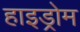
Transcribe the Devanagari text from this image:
हाइड्रोम